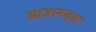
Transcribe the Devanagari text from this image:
छात्रानन्दा